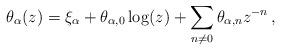
LaTeX: \begin{align*} \theta_{\alpha}(z) = \xi_{\alpha} + \theta_{\alpha,0}\log(z) + \sum_{n\neq 0}\theta_{\alpha,n}z^{-n}\,,\end{align*}